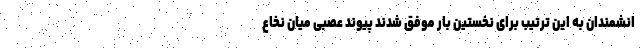
انشمندان به این ترتیب برای نخستین بار موفق شدند پیوند عصبی میان نخاع